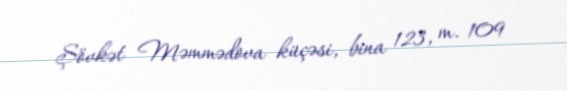
Şövkət Məmmədova küçəsi, bina 123, m. 109